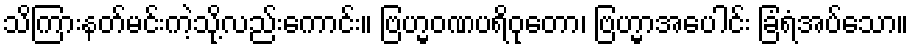
သိကြားနတ်မင်းကဲ့သို့လည်းကောင်း။ ဗြဟ္မဝဏပရိဝုတော၊ ဗြဟ္မာအပေါင်း ခြံရံအပ်သော။